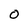
Character: 0